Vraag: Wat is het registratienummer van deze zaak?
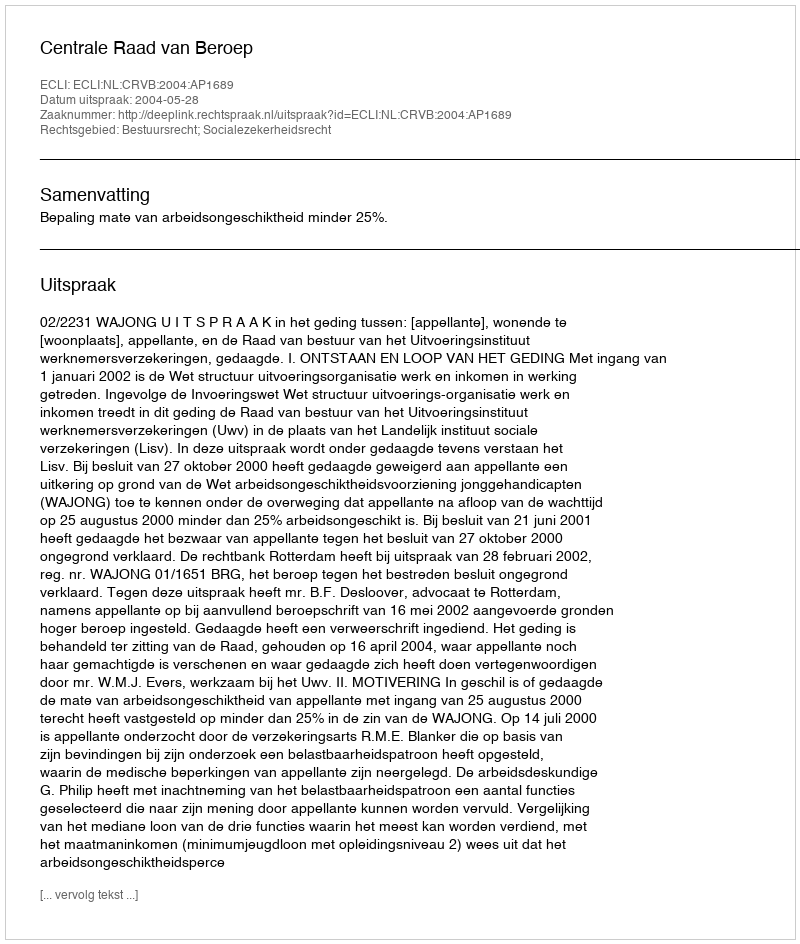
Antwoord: http://deeplink.rechtspraak.nl/uitspraak?id=ECLI:NL:CRVB:2004:AP1689